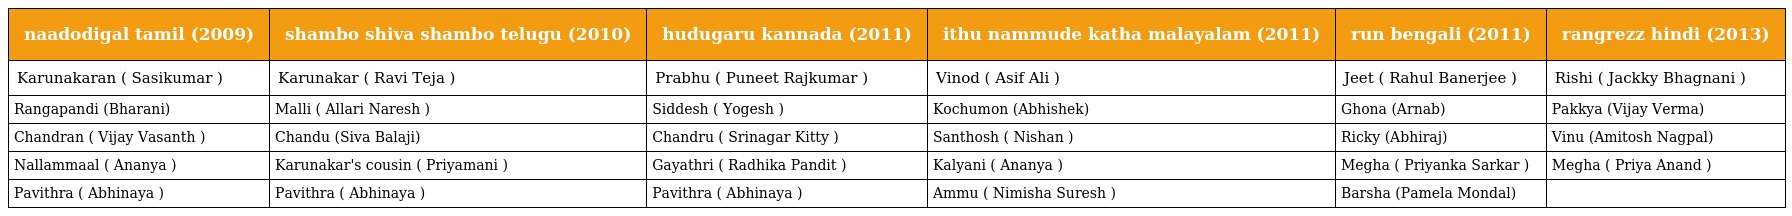
| naadodigal tamil (2009) | shambo shiva shambo telugu (2010) | hudugaru kannada (2011) | ithu nammude katha malayalam (2011) | run bengali (2011) | rangrezz hindi (2013) |
 | --- | --- | --- | --- | --- | --- |
 | Karunakaran ( Sasikumar ) | Karunakar ( Ravi Teja ) | Prabhu ( Puneet Rajkumar ) | Vinod ( Asif Ali ) | Jeet ( Rahul Banerjee ) | Rishi ( Jackky Bhagnani ) |
 | Rangapandi (Bharani) | Malli ( Allari Naresh ) | Siddesh ( Yogesh ) | Kochumon (Abhishek) | Ghona (Arnab) | Pakkya (Vijay Verma) |
 | Chandran ( Vijay Vasanth ) | Chandu (Siva Balaji) | Chandru ( Srinagar Kitty ) | Santhosh ( Nishan ) | Ricky (Abhiraj) | Vinu (Amitosh Nagpal) |
 | Nallammaal ( Ananya ) | Karunakar's cousin ( Priyamani ) | Gayathri ( Radhika Pandit ) | Kalyani ( Ananya ) | Megha ( Priyanka Sarkar ) | Megha ( Priya Anand ) |
 | Pavithra ( Abhinaya ) | Pavithra ( Abhinaya ) | Pavithra ( Abhinaya ) | Ammu ( Nimisha Suresh ) | Barsha (Pamela Mondal) |  |